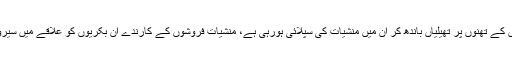
خبرکے مطابق منشیات کے اڈوں پر نشہ آور اشیا کی فراہمی کے ساتھ ساتھ اب بکریوں کے تھنوں پر تھیلیاں باندھ کر ان میں منشیات کی سپلائی ہورہی ہے، منشیات فروشوں کے کارندے ان بکریوں کو علاقے میں سیروتفریح کے لیے گھماتے رہتے ہیں ، اور خریداروں کو چلتے چلتے پڑیائیں بیچتے ہیں۔